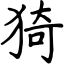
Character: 猗